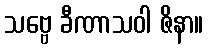
သဗ္ဗေ ခီဏာသဝါ ဇိနာ။